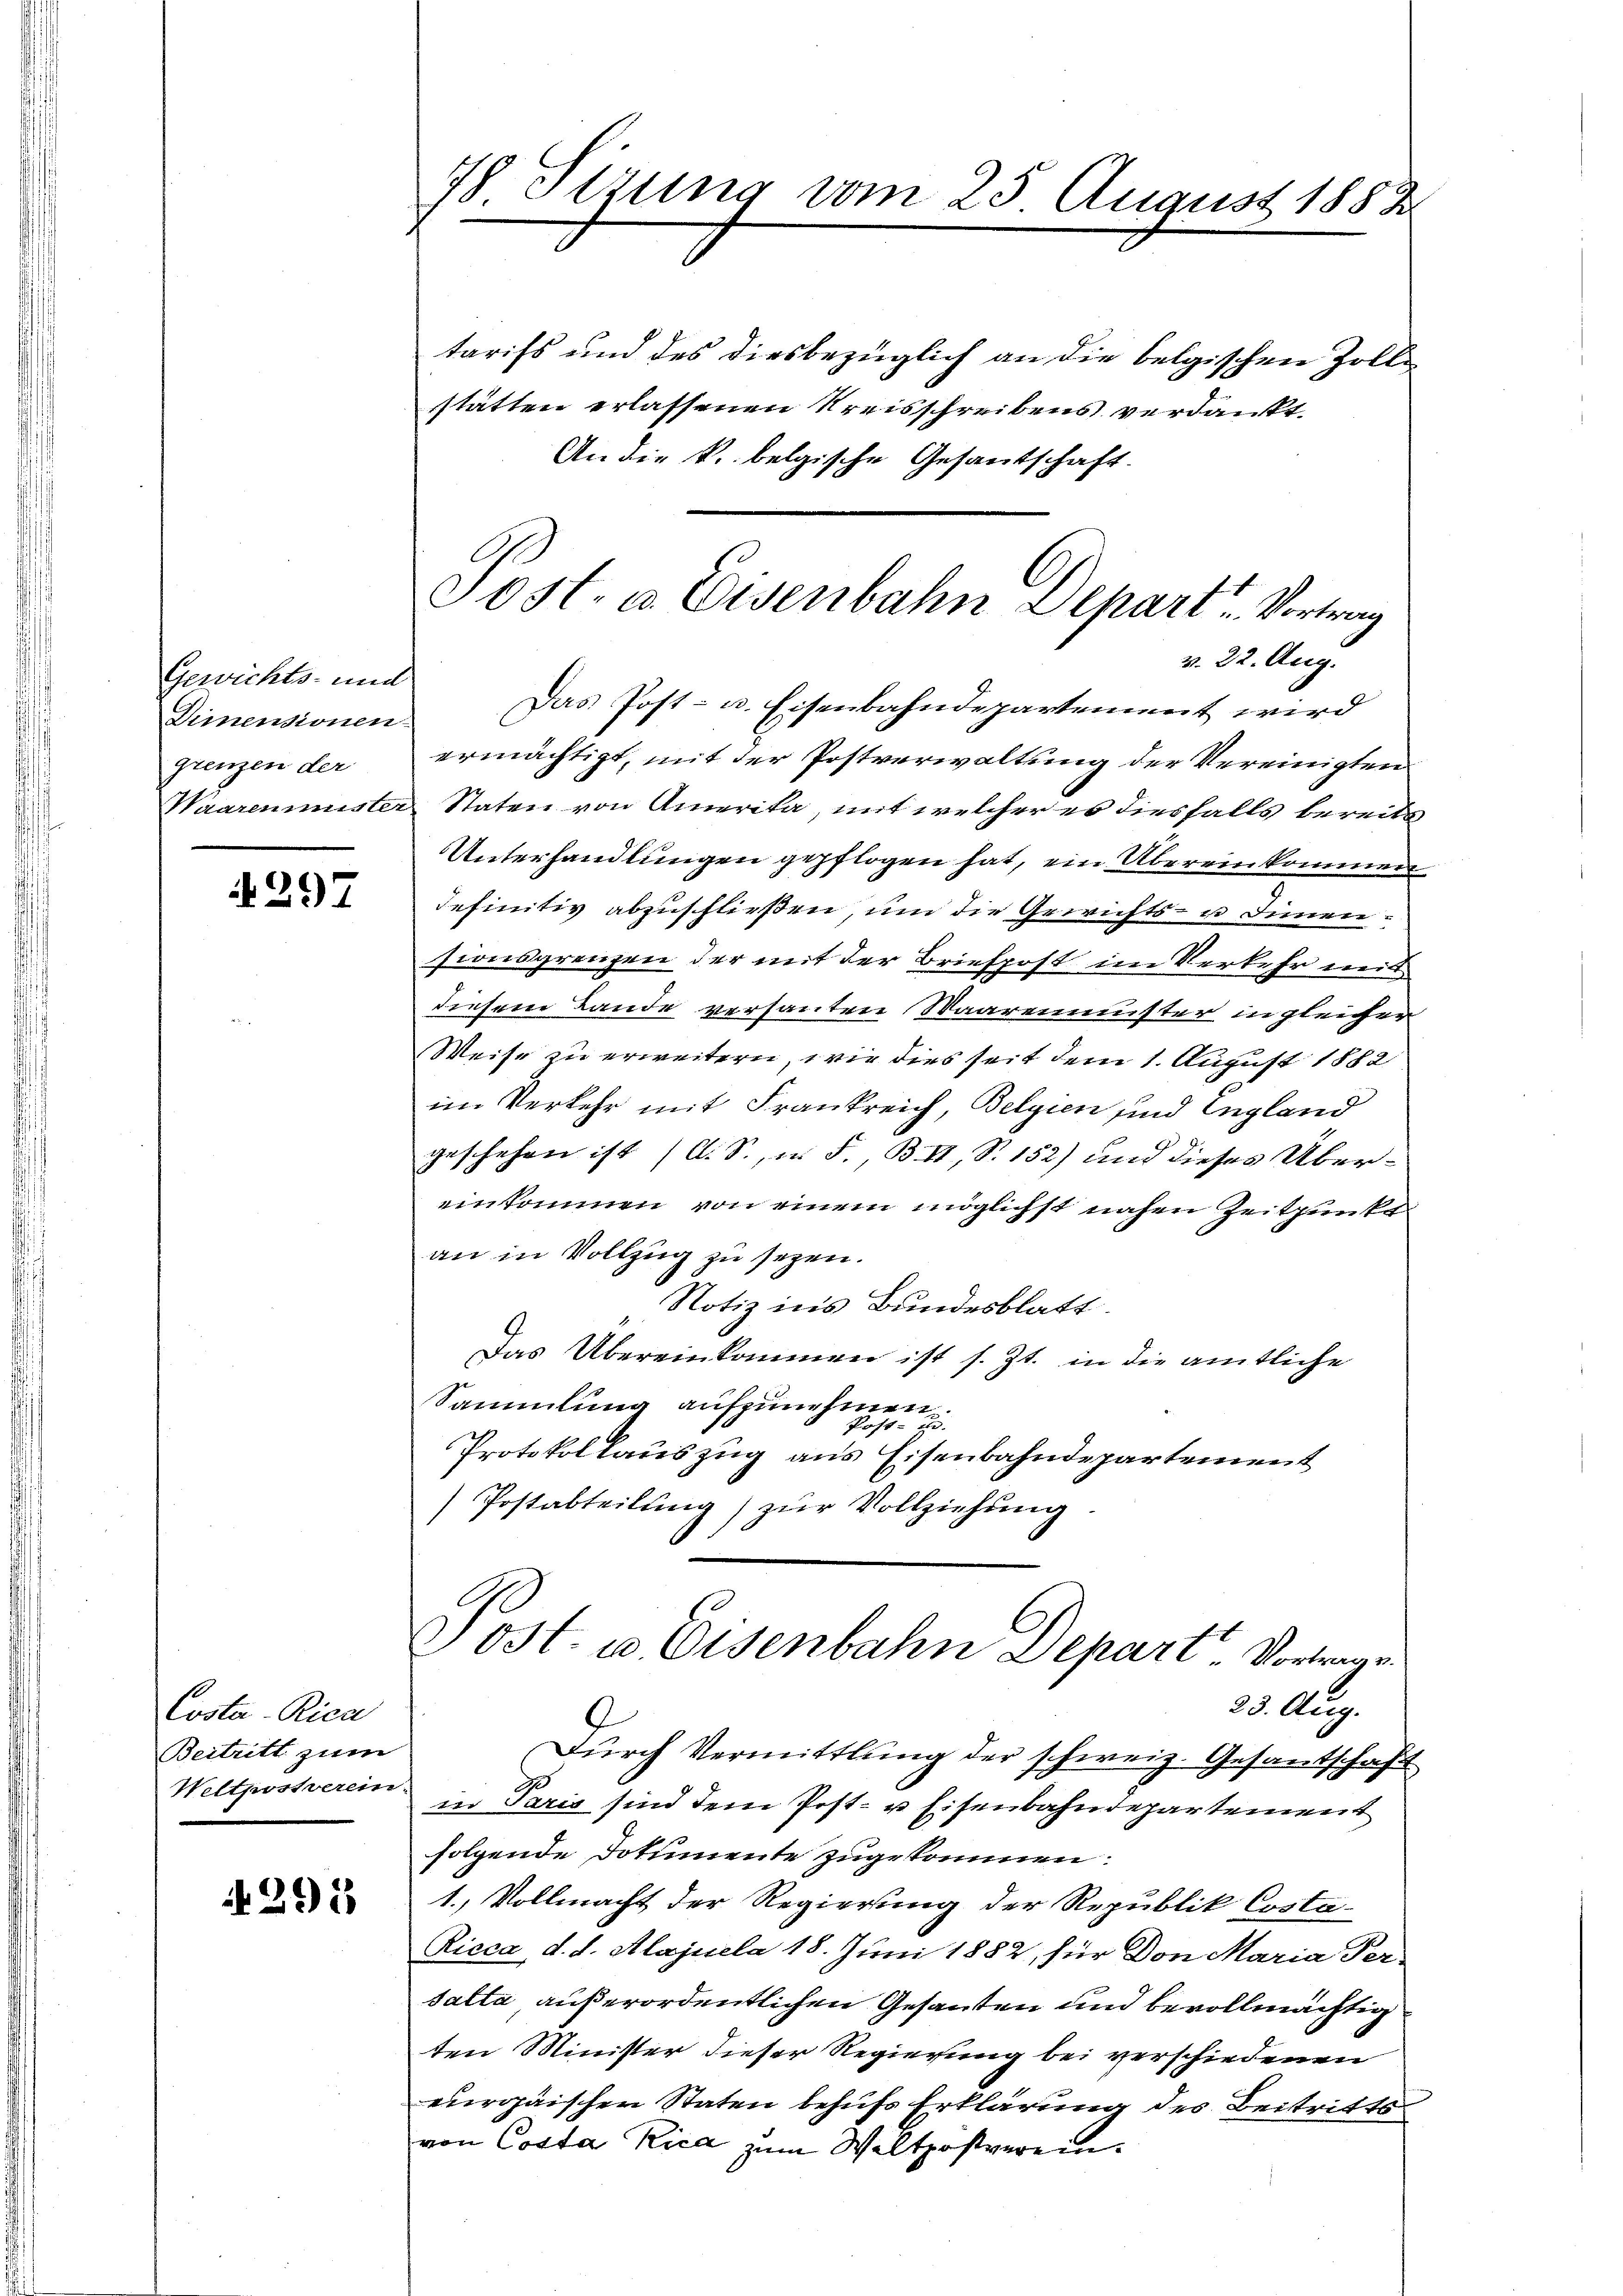
Gewichts- und
Dimensionen-
grenzen der

A 297

Costa-Rica
Beitritt zum
Weltpostverein.

295

78 Sizung vom 25. August 1883.

tarifs und des diesbezüglich an die belgischen Zollistätten erlassenen Kreisschreibens verdankt.
An die k. belgische Gesantschaft.
Das Post- u. Eisenbahndepartement wird
ermächtigt, mit der Postverwaltung der Vereinigten
Waarenmuster Staten von Amerika, mit welcher es diesfalls bereits
Unterhandlungen gepflogen hat, ein Übereinkommen
Iefinitiv abzuschließen, um die Gewichts- u. denen
sionsgrenzen der mit der Briefpost im Verkehr mit
diesem Lande versanten Waaremuster in gleicher
Weise zu erweitern, wie dies seit dem 1. August 1882
im Verkehr mit Frankreich, Belgien und England
geschehen ist (O. S. i S. B. II, S. 152) und dieses Übereinkommen von einem möglichst nahen Zeitpunkt
an in Vollzug zu sezen.
Notiz in’s Bundesblatt.
Das Übereinkommen ist s. Zt. in die amtliche
Sammlung aufzunehmen
Post- u.
Protokollauszug aus Eisenbahndepartement
Postabteilung) zur Vollziehung
6
Post. u. Eisenbahn Depart. Vortrage
23. Aug.
Dŭrch Vermittlung der schweiz. Gesantschaft
d
ne Paris sind dem Post- u Eisenbahndepartement
folgende Dokumente zugekommen:
1. Vollmacht der Regierung der Republik Costa¬
Ricca, d. d. Alajuela 18. Juni 1882, für Don Maria Per-
satta außerordentlichen Gesanten und bevollmächtig
ten Minister dieser Regierung bei verschiedenen
eurgäischen Staten behufs Erklärung des Beitritts
von Costa Rica zum Waltpostverein.

Sost- u. Eisenbahn Depart. Vortrag
v. 22. Aug.